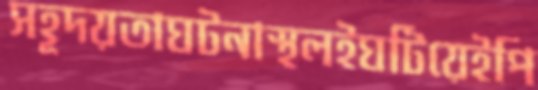
সহূদয়তাঘটনাস্থলইঘটিয়েইপি